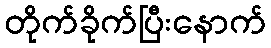
တိုက်ခိုက်ပြီးနောက်